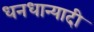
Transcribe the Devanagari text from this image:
धनधान्यादी